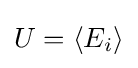
{\textstyle U=\left\langle E_{i}\right\rangle }